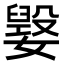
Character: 𡢕